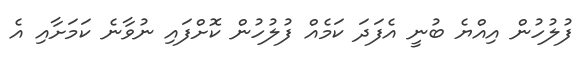
ފުލުހުން އިއްޔެ ބުނީ އެފަދަ ކަމެއް ފުލުހުން ކޮށްފައި ނުވާނެ ކަމަށާއި އެ